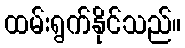
ထမ်းရွက်နိုင်သည်။